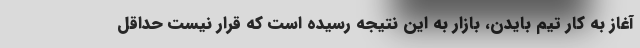
آغاز به کار تیم بایدن، بازار به این نتیجه رسیده است که قرار نیست حداقل